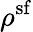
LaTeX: \rho^{\mathrm{sf}}